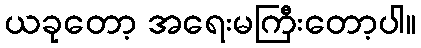
ယခုတော့ အရေးမကြီးတော့ပါ။